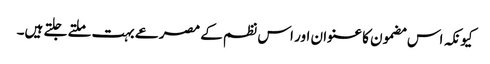
کیونکہ اس مضمون کا عنوان اور اس نظم کے مصرعے بہت ملتے جلتے ہیں۔